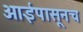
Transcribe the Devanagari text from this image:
आईपासूनच